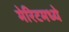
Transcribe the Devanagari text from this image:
मेरिटमध्ये